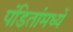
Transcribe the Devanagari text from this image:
पंडितांमध्यें